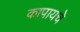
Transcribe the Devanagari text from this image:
कापायचे